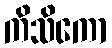
ကိသိကော